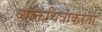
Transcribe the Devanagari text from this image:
व्यक्तिचित्रांकरता